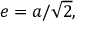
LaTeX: e = a / { \sqrt { 2 } } ,